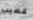
قضيب